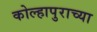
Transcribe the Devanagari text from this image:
कोल्हापुराच्या